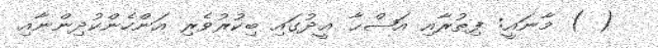
( ) މާނައީ: ފިޠުރާއި އަޟްޙާ ޢީދުގައި ބިކުރުވެރި އަންހެންކުދިންނާއި